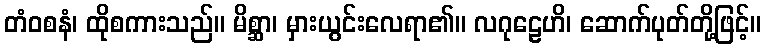
တံဝစနံ၊ ထိုစကားသည်။ မိစ္ဆာ၊ မှားယွင်းလေရာ၏။ လဂုဠေဟိ၊ ဆောက်ပုတ်တို့ဖြင့်။